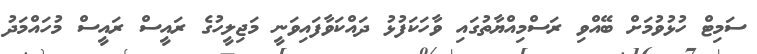
ސަމިޓް ހުޅުވުމަށް ބޭއްވި ރަސްމިއްޔާތުގައި ވާހަކަފުޅު ދައްކަވާފައިވަނީ މަޖިލީހުގެ ރައީސް ރައީސް މުހައްމަދު